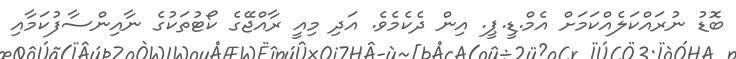
ބޮޑު ނުރައްކަލެއްކަމަށް އެމް.ޑީ.ޕީ. އިން ދެކެމެވެ. އަދި މިއީ ރާއްޖޭގެ ކޯޓުތަކުގެ ނާއިންސާފުކަމާއި